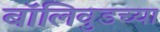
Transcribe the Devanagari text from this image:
बॉलिवुडच्या